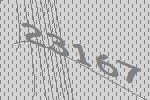
23167